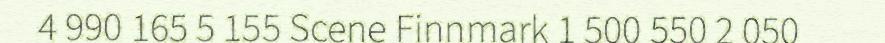
4 990 165 5 155 Scene Finnmark 1 500 550 2 050